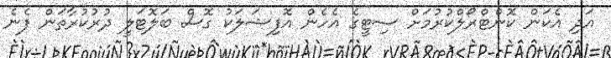
އަދި އެކަން ކޮންޓްރޯލްކުރުމަށް ސިޓީގެ އެހެން އޮފިޝަލަކު ގޮސް ބަލޮޓަލީ ދުރުކުރާތަން ފެނެ